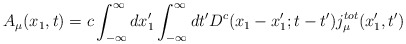
\begin{align*}A_{\mu}(x_1,t) =c\int_{-\infty}^{\infty} dx_1^{\prime} \int_{-\infty}^{\infty} dt^{\prime} D^c(x_1-x_1^{\prime};t-t^{\prime})j_{\mu}^{tot}(x_1^{\prime},t^{\prime})\end{align*}